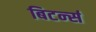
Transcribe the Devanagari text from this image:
बिटर्न्‍स